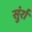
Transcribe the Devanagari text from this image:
सुंर्रा